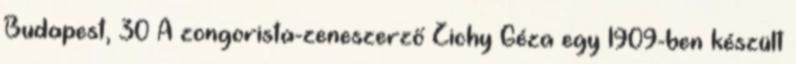
Budapest, 30 A zongorista-zeneszerző Zichy Géza egy 1909-ben készült